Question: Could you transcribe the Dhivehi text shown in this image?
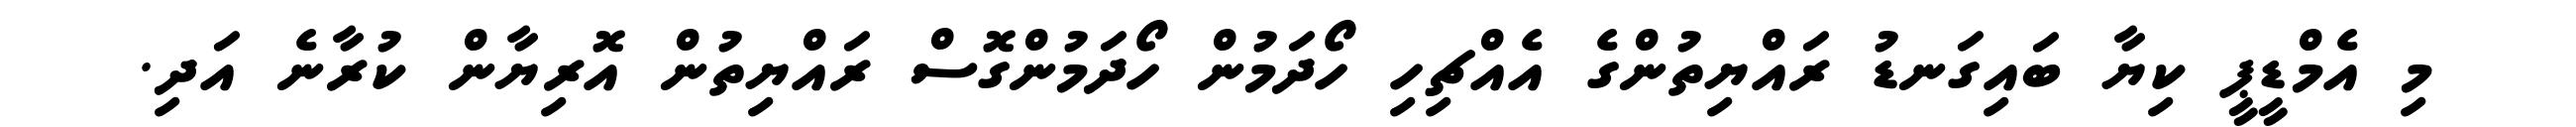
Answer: މި އެމްޑީޕީ ކިޔާ ބައިގަނޑު ރައްޔިތުންގެ އެއްޗިހި ހޯދަމުން ހޯދަމުންގޮސް ރައްޔިތުން އޮރިޔާން ކުރާނެ އަދި.